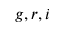
g , r , i